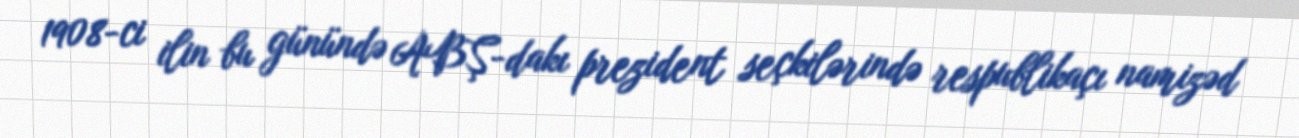
1908-ci ilin bu günündə ABŞ-dakı prezident seçkilərində respublikaçı namizəd